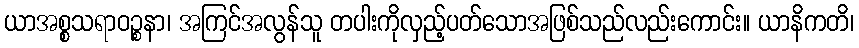
ယာအစ္စသရာဝဉ္စနာ၊ အကြင်အလွန်သူ တပါးကိုလှည့်ပတ်သောအဖြစ်သည်လည်းကောင်း။ ယာနိကတိ၊